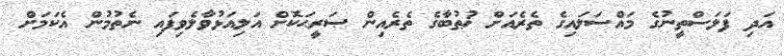
އަދި ފަލަސްތީނުގެ މައްސަލައިގެ ތެރެއަށް ޚުޠުބާގެ ތެރެއިން ޞަރީޙަކޮށް އަލިއަޅުވާލެވިފައި ނެތުމުން އެކަމަށް